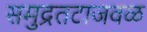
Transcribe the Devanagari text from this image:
समुद्रतटाजवळ